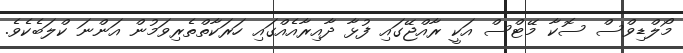
މޯލްޑިވްސް ސޮކާ މޭޓްސް އަކީ ރާއްޖޭގައި ފުޅާ ދާއިރާއެއްގައި ހަރަކާތްތެރިވަމުން އަންނަ ކްލަބެކެވެ.